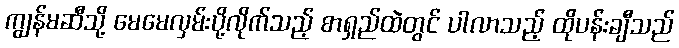
ကျွန်မဆီသို့ မေမေလှမ်းပို့လိုက်သည့် စာရှည်ထဲတွင် ပါလာသည့် ထိုပန်းချီသည်